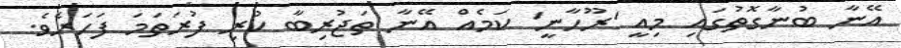
އޭނާ ބުނާގޮތުގައި މިއީ 'ރޫހާނީ' ކަމެއް އޭނާ ތަޖުރިބާ ކުރި ފުރަތަމަ ފަހަރެވެ.